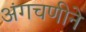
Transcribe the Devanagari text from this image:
अंगचणीने